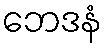
ဘေဒနံ